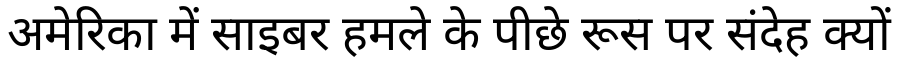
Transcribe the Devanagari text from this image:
अमेरिका में साइबर हमले के पीछे रूस पर संदेह क्यों